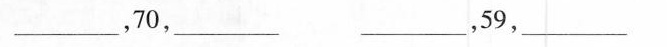
___，70，___ ___，59，___，